Insane asylums in Bengal annual reports 1876-1887 - 1876-1887
Year: 1876
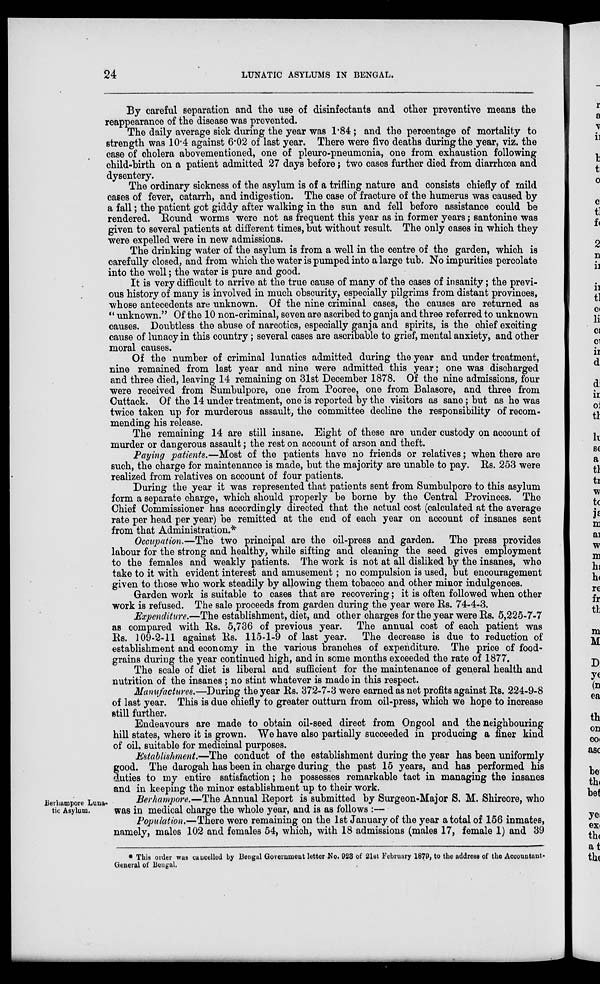
24
LUNATIC ASYLUMS IN BENGAL.
By careful separation and the use of disinfectants and other preventive means the
reappearance of the disease was prevented.
The daily average sick during the year was 1.84; and the percentage of mortality to
strength was 10.4 against 6.02 of last year. There were five deaths during the year, viz. the
case of cholera abovementioned, one of pleuro-pneumonia, one from exhaustion following
child-birth on a patient admitted 27 days before; two cases further died from diarrhœa and
dysentery.
The ordinary sickness of the asylum is of a trifling nature and consists chiefly of mild
cases of fever, catarrh, and indigestion. The case of fracture of the humerus was caused by
a fall; the patient got giddy after walking in the sun and fell before assistance could be
rendered. Round worms were not as frequent this year as in former years; santonine was
given to several patients at different times, but without result. The only cases in which they
were expelled were in new admissions.
The drinking water of the asylum is from a well in the centre of the garden, which is
carefully closed, and from which the water is pumped into a large tub. No impurities percolate
into the well; the water is pure and good.
It is very difficult to arrive at the true cause of many of the cases of insanity; the previ-
ous history of many is involved in much obscurity, especially pilgrims from distant provinces,
whose antecedents are unknown. Of the nine criminal cases, the causes are returned as
“ unknown.” Of the 10 non-criminal, seven are ascribed to ganja and three referred to unknown
causes. Doubtless the abuse of narcotics, especially ganja and spirits, is the chief exciting
cause of lunacy in this country; several cases are ascribable to grief, mental anxiety, and other
moral causes.
Of the number of criminal lunatics admitted during the year and under treatment,
nine remained from last year and nine were admitted this year; one was discharged
and three died, leaving 14 remaining on 31st December 1878. Of the nine admissions, four
were received from Sumbulpore, one from Pooree, one from Balasore, and three from
Cuttack. Of the 14 under treatment, one is reported by the visitors as sane; but as he was
twice taken up for murderous assault, the committee decline the responsibility of recom-
mending his release.
The remaining 14 are still insane. Eight of these are under custody on account of
murder or dangerous assault; the rest on account of arson and theft.
Paying patients.—Most of the patients have no friends or relatives; when there are
such, the charge for maintenance is made, but the majority are unable to pay. Rs. 253 were
realized from relatives on account of four patients.
During the year it was represented that patients sent from Sumbulpore to this asylum
form a separate charge, which should properly be borne by the Central Provinces. The
Chief Commissioner has accordingly directed that the actual cost (calculated at the average
rate per head per year) be remitted at the end of each year on account of insanes sent
from that Administration.*
Occupation.—The two principal are the oil-press and garden. The press provides
labour for the strong and healthy, while sifting and cleaning the seed gives employment
to the females and weakly patients. The work is not at all disliked by the insanes, who
take to it with evident interest and amusement; no compulsion is used, but encouragement
given to those who work steadily by allowing them tobacco and other minor indulgences.
Garden work is suitable to cases that are recovering; it is often followed when other
work is refused. The sale proceeds from garden during the year were Rs. 74-4-3.
Expenditure.—The establishment, diet, and other charges for the year were Rs. 5,225-7-7
as compared with Rs. 5,736 of previous year. The annual cost of each patient was
Rs. 109-2-11 against Rs. 115-1-9 of last year. The decrease is due to reduction of
establishment and economy in the various branches of expenditure. The price of food-
grains during the year continued high, and in some months exceeded the rate of 1877.
The scale of diet is liberal and sufficient for the maintenance of general health and
nutrition of the insanes ; no stint whatever is made in this respect.
Manufactures.—During the year Rs. 372-7-3 were earned as net profits against Rs. 224-9-8
of last year. This is due chiefly to greater outturn from oil-press, which we hope to increase
still further.
Endeavours are made to obtain oil-seed direct from Ongool and the neighbouring
hill states, where it is grown. We have also partially succeeded in producing a finer kind
of oil, suitable for medicinal purposes.
Establishment.—The conduct of the establishment during the year has been uniformly
good. The darogah has been in charge during the past 15 years, and has performed his
duties to my entire satisfaction; he possesses remarkable tact in managing the insanes
and in keeping the minor establishment up to their work.
Berhampore Luna-
tic Asylum.
Berhampore.—The Annual Report is submitted by Surgeon-Major S. M. Shircore, who
was in medical charge the whole year, and is as follows :—
Population.—There were remaining on the 1st January of the year a total of 156 inmates,
namely, males 102 and females 54, which, with 18 admissions (males 17, female 1) and 39
* This order was cancelled by Bengal Government letter No. 923 of 21st February 1879, to the address of the Accountant-
General of Bengal.